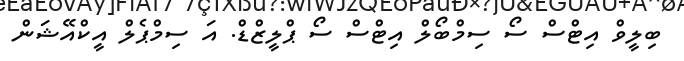
ބިލީވް އިޓްސް ސޯ ސިމްބޯލް އިޓްސް ސޯ ޕްލީޒްޑް. އަ ސިމްޕެލް އީކްއޭޝަން